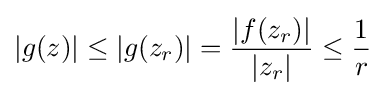
|g(z)|\leq |g(z_{r})|={\frac {|f(z_{r})|}{|z_{r}|}}\leq {\frac {1}{r}}